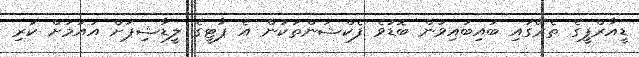
ޑީއާރްޕީގެ ތެރޭގައި ބައިބައިވުން ބޮޑުވެ ފެކްޝަންތަކުން އެ ޕާޓީގެ ލީޑާޝިޕަށް އައުމަށް ކުރި